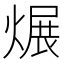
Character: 𱫻